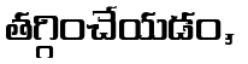
తగ్గించేయడం,